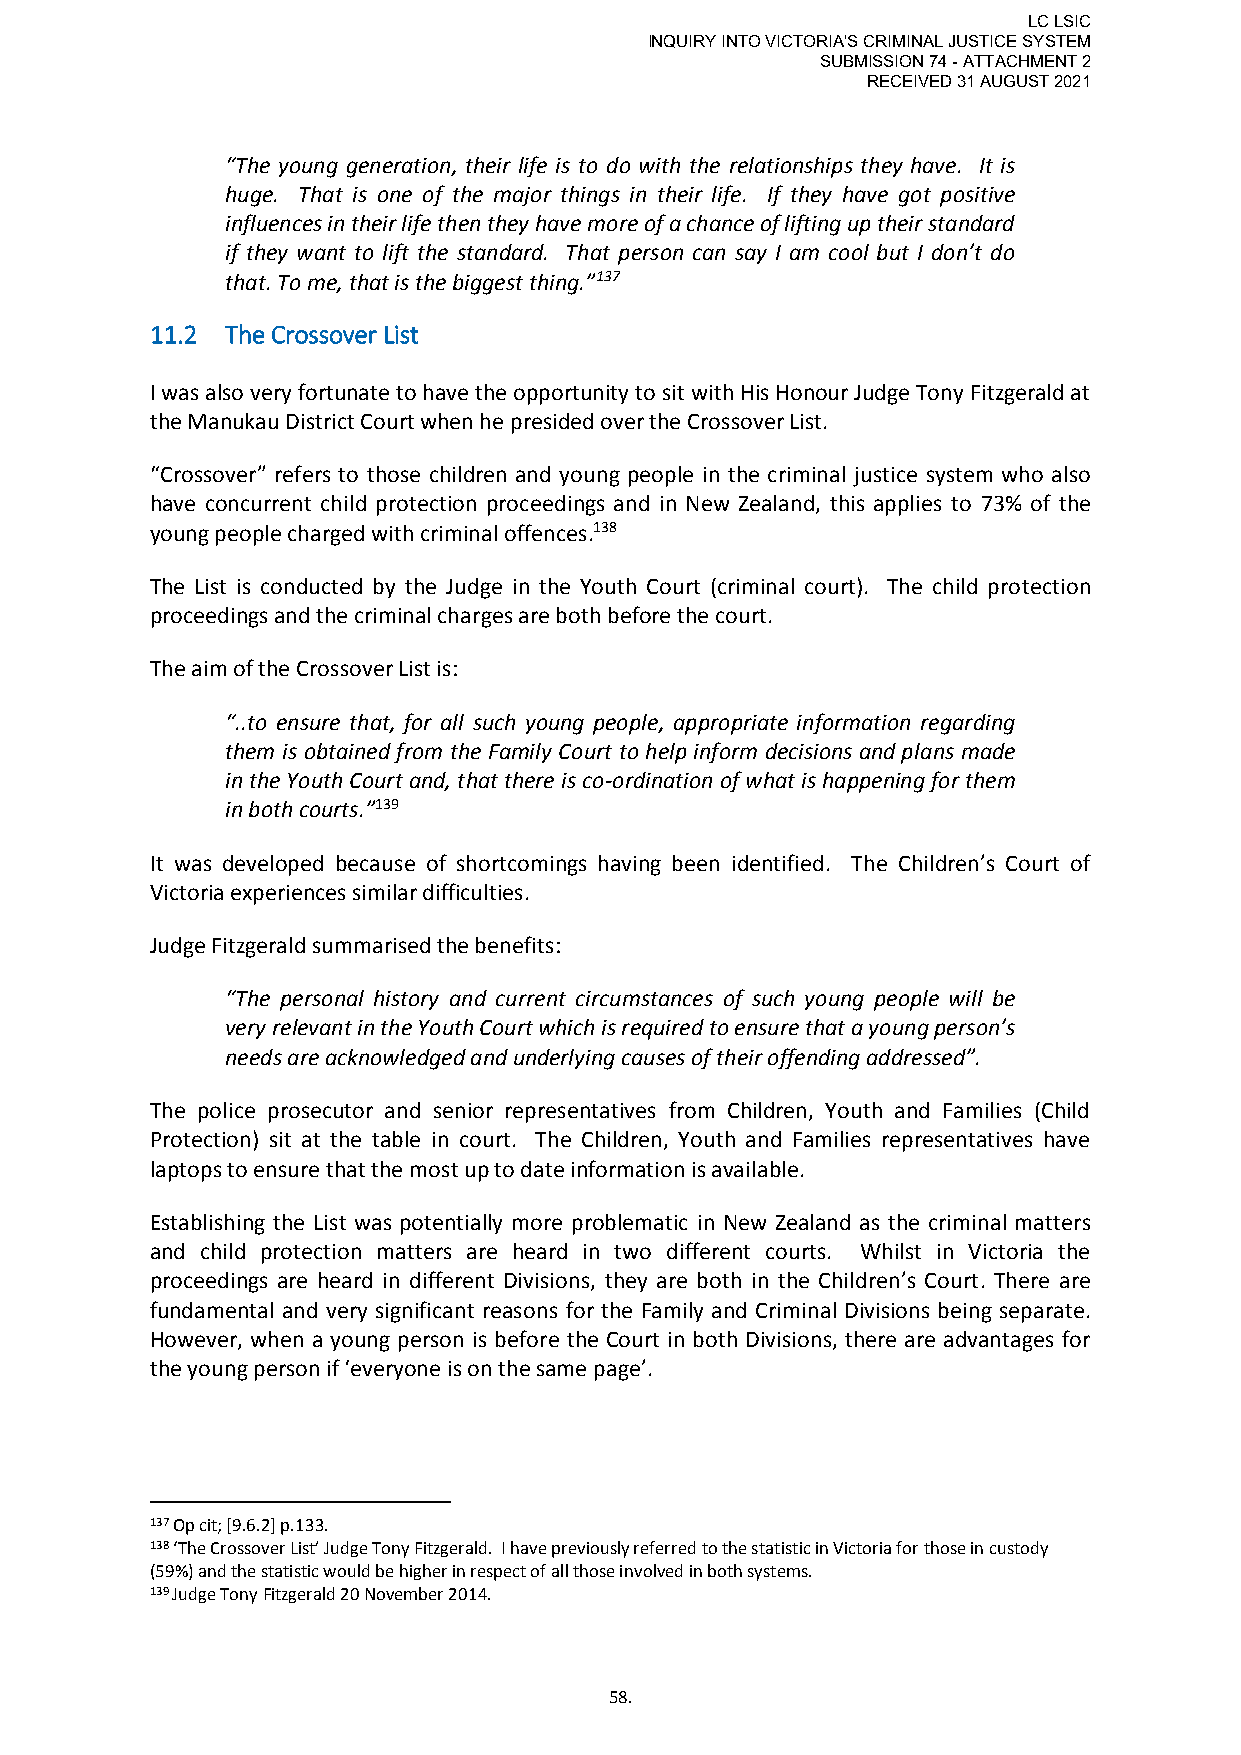
LC LSIC
 INQUIRY INTO VICTORIA'S CRIMINAL JUSTICE SYSTEM
 SUBMISSION 74 - ATTACHMENT 2
 RECEIVED 31 AUGUST 2021
 “The young generation, their life is to do with the relationships they have. It is
 huge. That is one of the major things in their life. If they have got positive
 influences in their life then they have more of a chance of lifting up their standard
 if they want to lift the standard. That person can say I am cool but I don’t do
 that. To me, that is the biggest thing.”137
 11.2 The Crossover List
 I was also very fortunate to have the opportunity to sit with His Honour Judge Tony Fitzgerald at
 the Manukau District Court when he presided over the Crossover List.
 “Crossover” refers to those children and young people in the criminal justice system who also
 have concurrent child protection proceedings and in New Zealand, this applies to 73% of the
 young people charged with criminal offences.138
 The List is conducted by the Judge in the Youth Court (criminal court). The child protection
 proceedings and the criminal charges are both before the court.
 The aim of the Crossover List is:
 “..to ensure that, for all such young people, appropriate information regarding
 them is obtained from the Family Court to help inform decisions and plans made
 in the Youth Court and, that there is co-ordination of what is happening for them
 in both courts.”139
 It was developed because of shortcomings having been identified. The Children’s Court of
 Victoria experiences similar difficulties.
 Judge Fitzgerald summarised the benefits:
 “The personal history and current circumstances of such young people will be
 very relevant in the Youth Court which is required to ensure that a young person’s
 needs are acknowledged and underlying causes of their offending addressed”.
 The police prosecutor and senior representatives from Children, Youth and Families (Child
 Protection) sit at the table in court. The Children, Youth and Families representatives have
 laptops to ensure that the most up to date information is available.
 Establishing the List was potentially more problematic in New Zealand as the criminal matters
 and child protection matters are heard in two different courts. Whilst in Victoria the
 proceedings are heard in different Divisions, they are both in the Children’s Court. There are
 fundamental and very significant reasons for the Family and Criminal Divisions being separate.
 However, when a young person is before the Court in both Divisions, there are advantages for
 the young person if ‘everyone is on the same page’.
 137 Op cit; [9.6.2] p.133.
 138 ‘The Crossover List’ Judge Tony Fitzgerald. I have previously referred to the statistic in Victoria for those in custody
 (59%) and the statistic would be higher in respect of all those involved in both systems.
 139 Judge Tony Fitzgerald 20 November 2014.
 58.